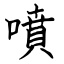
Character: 噴